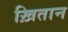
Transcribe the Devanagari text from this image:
ख़ितान